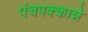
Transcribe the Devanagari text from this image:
पंचपक्कान्ने